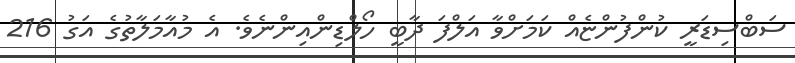
ސަބްސިޑަރީ ކުންފުންޏެއް ކަމަށްވާ އަލްފަ ދާބީ ހޯލްޑިންއިންނެވެ. އެ މުއާމަލާތުގެ އަގު 216